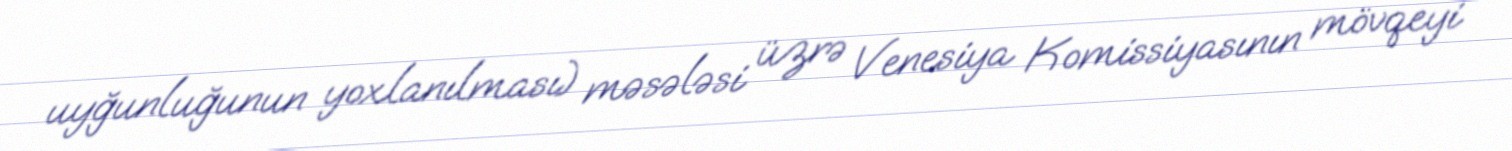
uyğunluğunun yoxlanılması) məsələsi üzrə Venesiya Komissiyasının mövqeyi